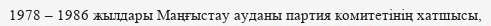
1978 – 1986 жылдары Маңғыстау ауданы партия комитетінің хатшысы,